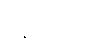
ဝန်ထမ်းမှ